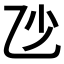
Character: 𠃣